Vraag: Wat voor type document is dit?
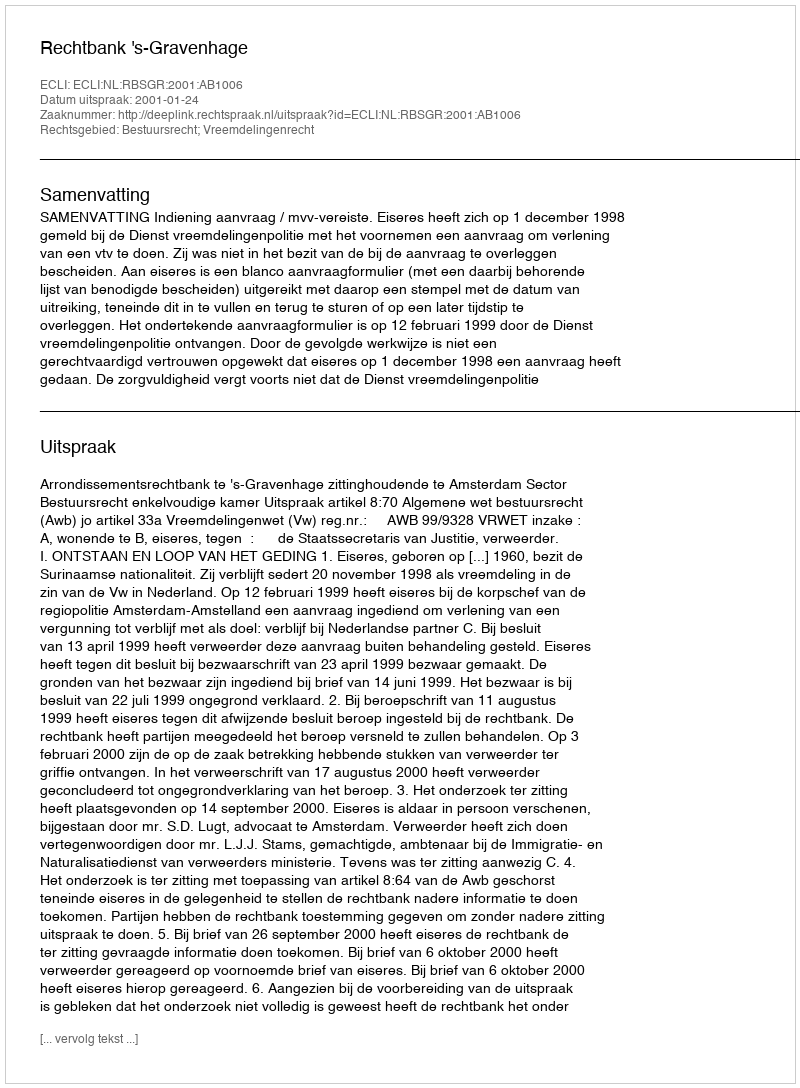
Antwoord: Uitspraak